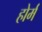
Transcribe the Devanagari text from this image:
होर्म